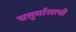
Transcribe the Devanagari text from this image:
चतुर्मासाची